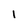
Character: l